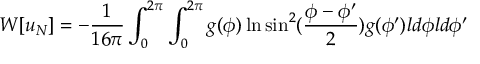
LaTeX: W [ u _ { N } ] = - { \frac { 1 } { 1 6 \pi } } \int _ { 0 } ^ { 2 \pi } \int _ { 0 } ^ { 2 \pi } g ( \phi ) \ln \sin ^ { 2 } ( { \frac { \phi - \phi ^ { \prime } } { 2 } } ) g ( \phi ^ { \prime } ) l d \phi l d \phi ^ { \prime }